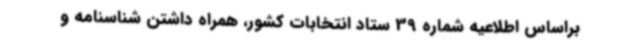
براساس اطلاعیه شماره 39 ستاد انتخابات کشور، همراه داشتن شناسنامه و